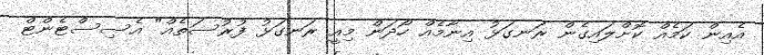
އެއިން ކަމެއް ކޮށްލައިގެން ރަނގަޅު އިނާމެއް ހޯދަން މިއީ ރަނގަޅު ފުރުސަތެއް" އެސިސްޓެންޓް